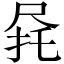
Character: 𫵟